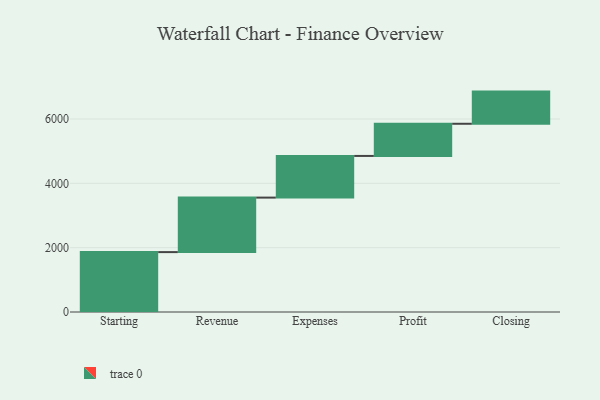
{"axis": {"x": "Step", "y": "Value"}, "legend": [""], "data": [{"x": "Starting", "y": 1862.0, "type": ""}, {"x": "Revenue", "y": 1694.0, "type": ""}, {"x": "Expenses", "y": 1295.0, "type": ""}, {"x": "Profit", "y": 1000, "type": ""}, {"x": "Closing", "y": 1000, "type": ""}]}